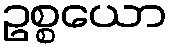
ဥစ္စယော